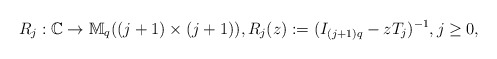
\begin{align*} R_{j}:\mathbb{C}\to \mathbb M_q((j+1)\times (j+1)), R_{j}(z)&:=(I_{(j+1)q}-zT_{j})^{-1},j\geq 0,\end{align*}